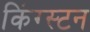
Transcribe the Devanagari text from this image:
किंग्‍स्‍टन